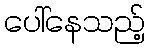
ပေါ်နေသည့်